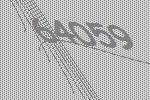
64059